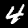
Digit: 4